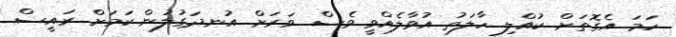
ހަމަ އެގޮތަށް ކުއްލި ހާލަތު އުވާލެއްވީ ވެސް ވަރަށް އުނދަގުލުން ކަމަށް ރައީސް